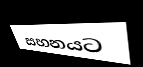
සහනයට